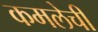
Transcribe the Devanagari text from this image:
कमलेची